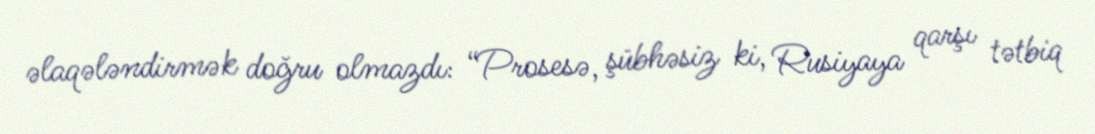
əlaqələndirmək doğru olmazdı: “Prosesə, şübhəsiz ki, Rusiyaya qarşı tətbiq